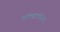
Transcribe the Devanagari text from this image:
आफ्टरफीस्ट